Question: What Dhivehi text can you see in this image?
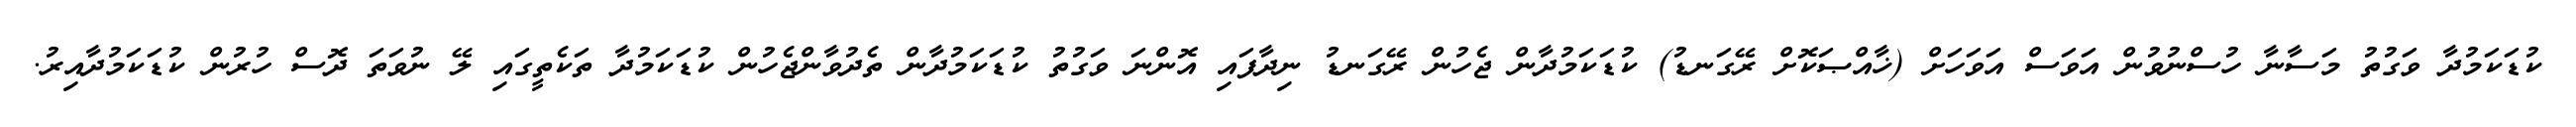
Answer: ކުޑަކަމުދާ ވަގުތު މަސާނާ ހުސްނުވުން އަވަސް އަވަހަށް (ޚާއްޞަކޮށް ރޭގަނޑު) ކުޑަކަމުދާން ޖެހުން ރޭގަނޑު ނިދާފައި އޮންނަ ވަގުތު ކުޑަކަމުދާން ތެދުވާންޖެހުން ކުޑަކަމުދާ ތަކެތީގައި ލޭ ނުވަތަ ދޮސް ހުރުން ކުޑަކަމުދާއިރު.